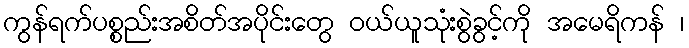
ကွန်ရက်ပစ္စည်းအစိတ်အပိုင်းတွေ ဝယ်ယူသုံးစွဲခွင့်ကို အမေရိကန် ၊